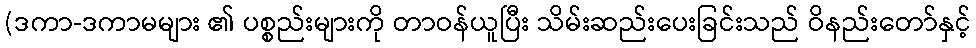
(ဒကာ-ဒကာမများ ၏ ပစ္စည်းများကို တာဝန်ယူပြီး သိမ်းဆည်းပေးခြင်းသည် ဝိနည်းတော်နှင့်